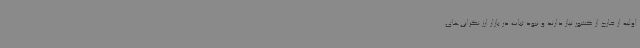
اولیه از خارج از کشور نیاز دارند و نبود ثبات در بازار ارز نگرانی‌های